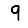
Digit: 9